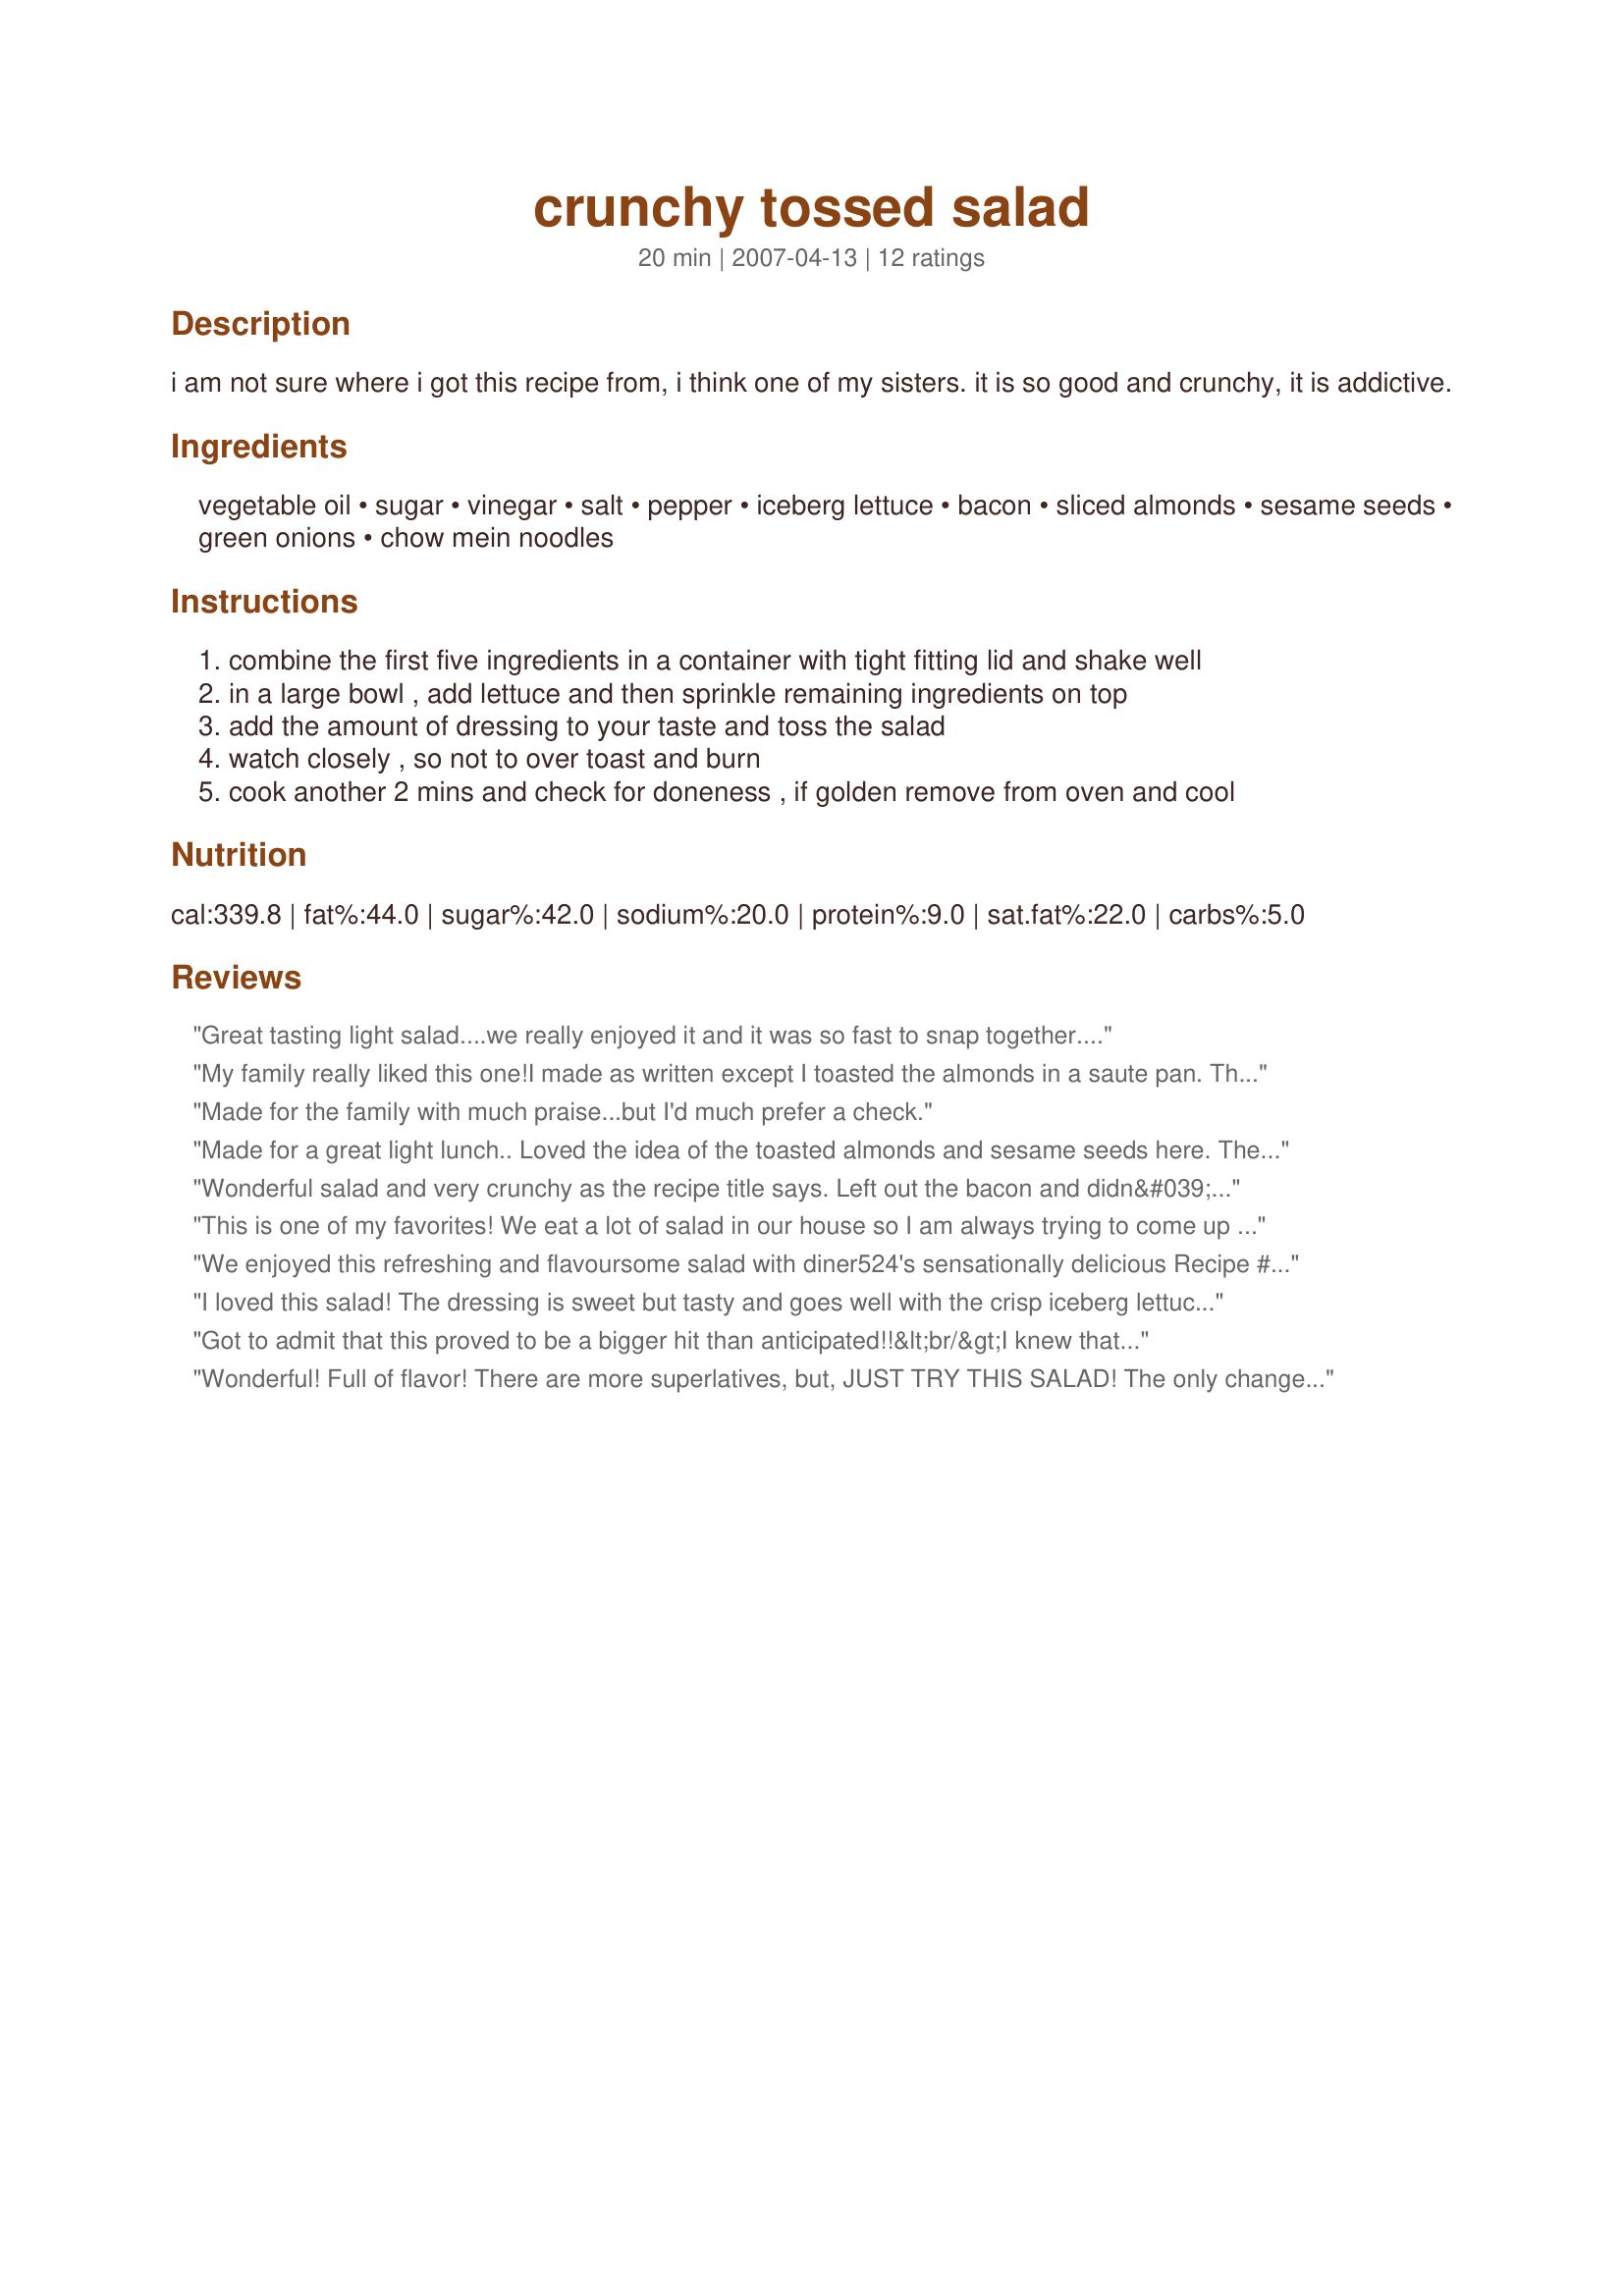
crunchy tossed salad
Preparation time: 20 minutes

i am not sure where i got this recipe from, i think one of my sisters. it is so good and crunchy, it is addictive.

Ingredients:
vegetable oil, sugar, vinegar, salt, pepper, iceberg lettuce, bacon, sliced almonds, sesame seeds, green onions, chow mein noodles

Steps:
combine the first five ingredients in a container with tight fitting lid and shake well
in a large bowl , add lettuce and then sprinkle remaining ingredients on top
add the amount of dressing to your taste and toss the salad
watch closely , so not to over toast and burn
cook another 2 mins and check for doneness , if golden remove from oven and cool

Reviews:
Great tasting light salad....we really enjoyed it and it was so fast to snap together....
My family really liked this one!I made as written except I toasted the almonds in a saute pan. Thanks diner!
Made for the family with much praise...but I'd much prefer a check.
Made for a great light lunch.. Loved the idea of the toasted almonds and sesame seeds here. They really complimented each other.. Made for Zaar Stars.
Wonderful salad and very crunchy as the recipe title says. Left out the bacon and didn&#039;t really miss it, but will definitely make this again with the bacon in it. Everyone at my dinner party loved it. Thanks so much for sharing this great recipe.
This is one of my favorites! We eat a lot of salad in our house so I am always trying to come up with different variations to the old standby tossed salad!
We enjoyed this refreshing and flavoursome salad with diner524's sensationally delicious Recipe #370164. Loved the textural variation provided by the inclusion of nuts and seeds and the great blend of flavours. I'd halved the recipe for two, and what we didn't eat with our Recipe #370164, we enjoyed next day in an omelet. In making this, I reduced both the salt and sugar (personal taste preferences). Thanks for sharing this yummy recipe which would complement BBQd meats really well. Made for PRMR.
I loved this salad! The dressing is sweet but tasty and goes well with the crisp iceberg lettuce and the crunchy, salty flavors of the toppings. The toasted sesame seeds were the best part! I will be making this often! We had this with diner's Recipe #352248.
Got to admit that this proved to be a bigger hit than anticipated!!&lt;br/&gt;I knew that DH and I were going to love this salad....but I couldn&#039;t quite believe how much The Peskies enjoyed it!!&lt;br/&gt;DS (aged 8) likes salad, but won&#039;t touch dressing or suchlike - DD ( aged 6 ), dislikes lettuce and salad but eats it under sufferance if threatened or bribed.&lt;br/&gt;Both of them actually helped themselves to a second, and in one case a third helping...now that&#039;s an endorsement!!&lt;br/&gt;A big family thumbs up!!&lt;br/&gt;Made for PRMR.
Wonderful! Full of flavor! There are more superlatives, but, JUST TRY THIS SALAD! The only change I made was to use honey in place of the sugar, as I was afraid the sugar wouldn't dissolve. Crispy, crunchy and tasty, I'll keep this in my go-to book! I think it would be awesome with some crispy chicken tenders on top, for a quick dinner. Thanks so much for sharing, diner!
Made for ZWT4 This was a good salad. I made as directed and loved the salad but did not care for the dressing. I think I will use my usual asian dressing on it next time. I put some chicken tenders on top and we had it for dinner tonight.
This is so darned good! I rarely eat iceberg lettuce anymore and had forgotten how much I love the crunch. I made short work of toating the almonds and sesame seeds by tossing them around in a hot dry skillet for a minute or 2. I also crisped up the chow mein noodles that way. The dressing was a little sweeter and heavier than we prefer so I reduced the oil by two tablespoons and doubled up on the vinegar (since not specified, I used rice vinegar). Definitely a recipe to be repeated! Thanks!
